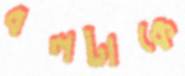
বলটাকে